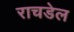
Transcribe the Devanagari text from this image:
राचडेल